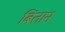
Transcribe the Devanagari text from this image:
बिंतान